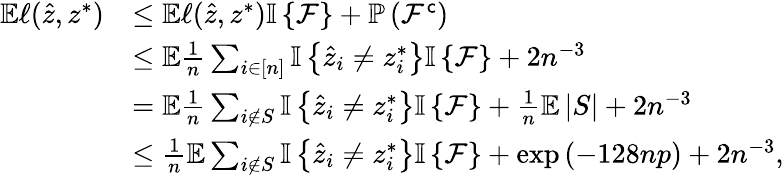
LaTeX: \begin{array}{rl}{\mathbb{E}\ell(\hat{z},z^{*})}&{\leq\mathbb{E}\ell(\hat{z},z^{*}){\mathbb{I}\left\{ {\mathcal{F}}\right\} }+\mathbb{P}\left(\mathcal{F}^{\mathsf{c}}\right)}\\ &{\leq\mathbb{E}\frac{1}{n}\sum_{i\in[n]}{\mathbb{I}\left\{ {\hat{z}_{i}\neq z_{i}^{*}}\right\} }{\mathbb{I}\left\{ {\mathcal{F}}\right\} }+2n^{-3}}\\ &{=\mathbb{E}\frac{1}{n}\sum_{i\notin S}{\mathbb{I}\left\{ {\hat{z}_{i}\neq z_{i}^{*}}\right\} }{\mathbb{I}\left\{ {\mathcal{F}}\right\} }+\frac{1}{n}\mathbb{E}\left|S\right|+2n^{-3}}\\ &{\leq\frac{1}{n}\mathbb{E}\sum_{i\notin S}{\mathbb{I}\left\{ {\hat{z}_{i}\neq z_{i}^{*}}\right\} }{\mathbb{I}\left\{ {\mathcal{F}}\right\} }+\exp\left(-128np\right)+2n^{-3},}\end{array}